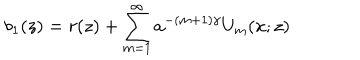
b _ { 1 } ( z ) = r ( z ) + \sum _ { m = 1 } ^ { \infty } a ^ { - ( m + 1 ) \gamma } U _ { m } ( x ; z )